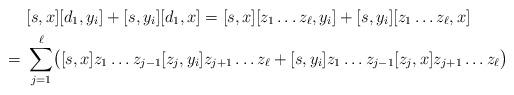
LaTeX: \begin{align*}& [s, x] [d_1, y_i ] + [s, y_i] [d_1, x] = [s, x] [z_1 \dots z_{\ell}, y_i ] + [s, y_i] [z_1 \dots z_{\ell}, x]\\= \ & \sum_{j=1}^{\ell} \bigl( [s, x] z_1 \dots z_{j - 1} [z_j , y_i ] z_{j+1} \dots z_{\ell} + [s, y_i] z_1 \dots z_{j - 1} [z_j , x] z_{j + 1} \dots z_{\ell} \bigr)\end{align*}